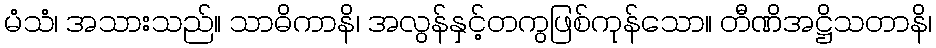
မံသံ၊ အသားသည်။ သာဓိကာနိ၊ အလွန်နှင့်တကွဖြစ်ကုန်သော။ တီဏိအဋ္ဌိသတာနိ၊